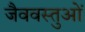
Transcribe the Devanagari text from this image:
जैववस्तुओं